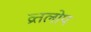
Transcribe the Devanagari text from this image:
व्रतलोप